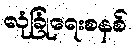
လုံခြုံရေးစနစ်